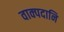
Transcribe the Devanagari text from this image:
वाक्पदानि